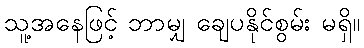
သူ့အနေဖြင့် ဘာမျှ ချေပနိုင်စွမ်း မရှိ။